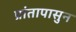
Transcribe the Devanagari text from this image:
प्रांतापासुन